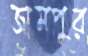
জামপুর